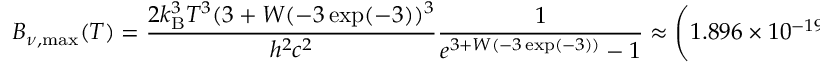
B _ { \nu , { \mathrm { m a x } } } ( T ) = { \frac { 2 k _ { \mathrm { B } } ^ { 3 } T ^ { 3 } ( 3 + W ( - 3 \exp ( - 3 ) ) ^ { 3 } } { h ^ { 2 } c ^ { 2 } } } { \frac { 1 } { e ^ { 3 + W ( - 3 \exp ( - 3 ) ) } - 1 } } \approx \left( 1 . 8 9 6 \times 1 0 ^ { - 1 9 } { \frac { \mathrm { W } } { { \mathrm { m } } ^ { 2 } \cdot { \mathrm { H z } } \cdot { \mathrm { K } } ^ { 3 } } } \right) \times T ^ { 3 }